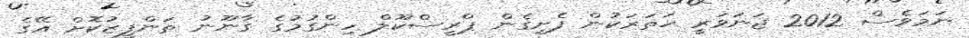
ނަމަވެސް 2012 ޖަނަވަރީ ހަތަރަކުން ފެށިގެން ޕްރީސްކޫލް ހިންގުމުގެ ގާނޫނު ތަންފީޒުކޮށް އޭގެ